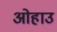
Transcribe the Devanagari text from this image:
ओहाउ